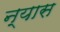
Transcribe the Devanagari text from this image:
न्‍यास